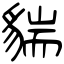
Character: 貒